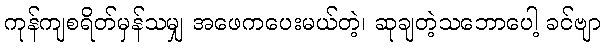
ကုန်ကျစရိတ်မှန်သမျှ အဖေကပေးမယ်တဲ့၊ ဆုချတဲ့သဘောပေါ့ ခင်ဗျာ